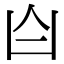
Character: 𪞶